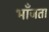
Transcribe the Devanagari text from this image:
भाँजता